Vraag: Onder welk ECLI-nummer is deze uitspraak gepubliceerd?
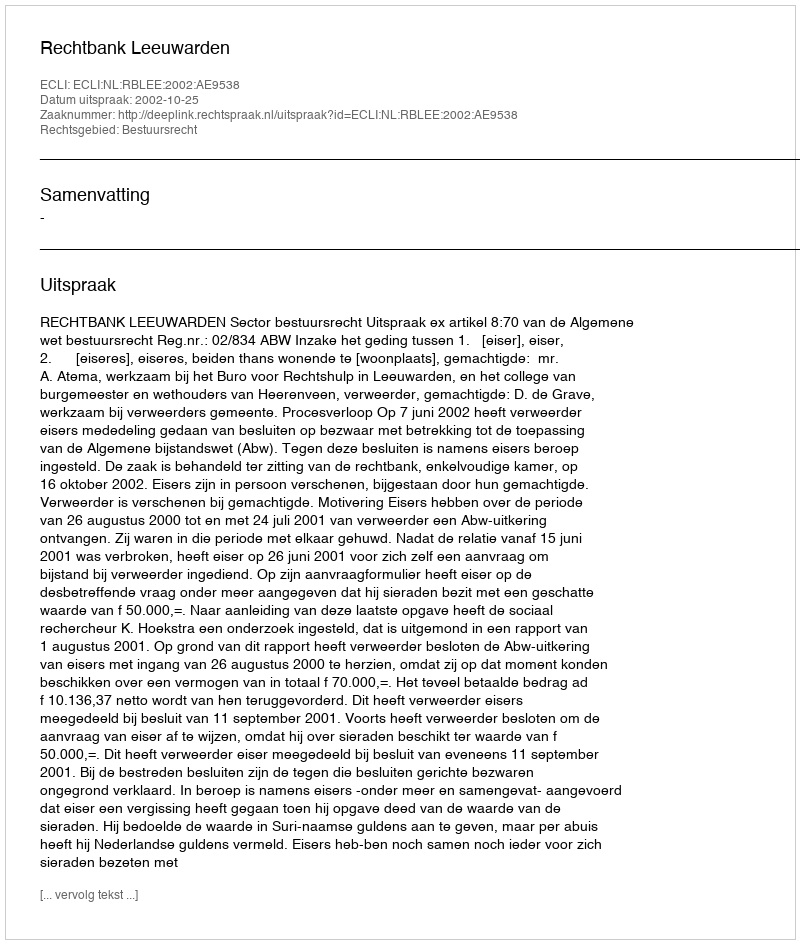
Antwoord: ECLI:NL:RBLEE:2002:AE9538